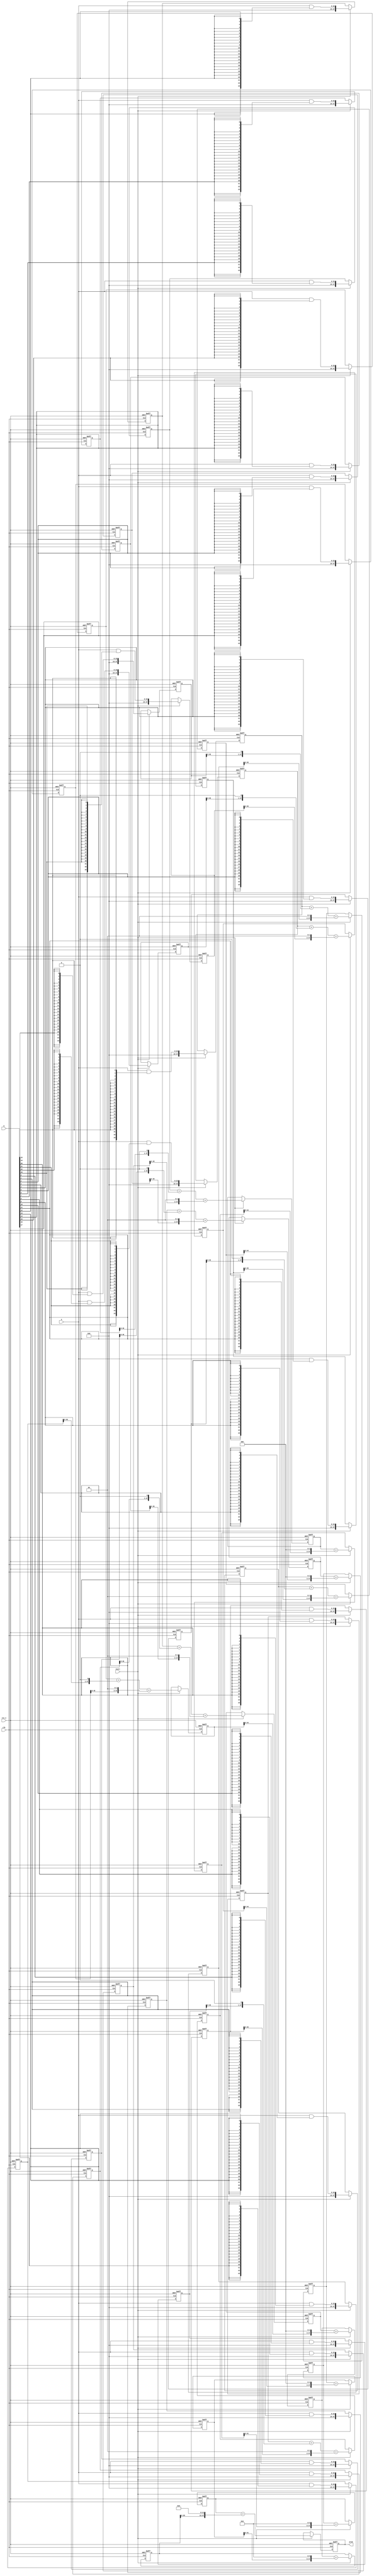
`timescale 1ns / 1ps
//////////////////////////////////////////////////////////////////////////////////
// Company: 
// Engineer: 
// 
// Design Name: 
// Module Name:    ArrayMult2 
// Project Name: 
// Target Devices: 
// Tool versions: 
// Description: 
//
// Dependencies: 
//
// Revision: 
// Revision 0.01 - File Created
// Additional Comments: 
//
//////////////////////////////////////////////////////////////////////////////////
module ArrayMult2(
    output[47:0] prod,
    input[23:0] a, b,
    input clk, rst_n, start
);

reg[47:0] partial0_s1,  partial1_s1,  partial2_s1,
          partial3_s1,  partial4_s1,  partial5_s1,
          partial6_s1,  partial7_s1,  partial8_s1,
          partial9_s1,  partial10_s1, partial11_s1,
          partial12_s1, partial13_s1, partial14_s1,
          partial15_s1, partial16_s1, partial17_s1,
          partial18_s1, partial19_s1, partial20_s1,
          partial21_s1, partial22_s1, partial23_s1;

reg[47:0] prod0_s2, prod1_s2, prod2_s2, prod3_s2,
          prod4_s2, prod5_s2, prod6_s2, prod7_s2;

reg[47:0] prod0_s3, prod1_s3, prod2_s3, prod3_s3;

reg[47:0] prod0_s4, prod1_s4;

reg[47:0] prod0_s5;

wire[47:0] prod0_w2, prod1_w2, prod2_w2, prod3_w2,
			  prod4_w2, prod5_w2, prod6_w2, prod7_w2;

assign prod = prod0_s5;

/*CSA#(48) csa0(, prod0_w2, partial0_s1, {partial1_s1[46:0], 1'b0}, {partial2_s1[45:0], 2'b0});
CSA#(48) csa1(, prod1_w2, partial3_s1, {partial4_s1[46:0], 1'b0}, {partial5_s1[45:0], 2'b0});
CSA#(48) csa2(, prod2_w2, partial6_s1, {partial7_s1[46:0], 1'b0}, {partial8_s1[45:0], 2'b0});
CSA#(48) csa3(, prod3_w2, partial9_s1, {partial10_s1[46:0], 1'b0}, {partial11_s1[45:0], 2'b0});
CSA#(48) csa4(, prod4_w2, partial12_s1, {partial13_s1[46:0], 1'b0}, {partial14_s1[45:0], 2'b0});
CSA#(48) csa5(, prod5_w2, partial15_s1, {partial16_s1[46:0], 1'b0}, {partial17_s1[45:0], 2'b0});
CSA#(48) csa6(, prod6_w2, partial18_s1, {partial19_s1[46:0], 1'b0}, {partial20_s1[45:0], 2'b0});
CSA#(48) csa7(, prod7_w2, partial21_s1, {partial22_s1[46:0], 1'b0}, {partial23_s1[45:0], 2'b0});*/

always@(posedge clk or negedge rst_n) begin
    if (!rst_n) begin
        partial0_s1  <= 'd0; partial1_s1  <= 'd0; partial2_s1  <= 'd0;
        partial3_s1  <= 'd0; partial4_s1  <= 'd0; partial5_s1  <= 'd0;
        partial6_s1  <= 'd0; partial7_s1  <= 'd0; partial8_s1  <= 'd0;
        partial9_s1  <= 'd0; partial10_s1 <= 'd0; partial11_s1 <= 'd0;
        partial12_s1 <= 'd0; partial13_s1 <= 'd0; partial14_s1 <= 'd0;
        partial15_s1 <= 'd0; partial16_s1 <= 'd0; partial17_s1 <= 'd0;
        partial18_s1 <= 'd0; partial19_s1 <= 'd0; partial20_s1 <= 'd0;
        partial21_s1 <= 'd0; partial22_s1 <= 'd0; partial23_s1 <= 'd0;

        prod0_s2 <= 'd0; prod1_s2 <= 'd0; prod2_s2 <= 'd0; prod3_s2 <= 'd0;
        prod4_s2 <= 'd0; prod5_s2 <= 'd0; prod6_s2 <= 'd0; prod7_s2 <= 'd0;

        prod0_s3 <= 'd0; prod1_s3 <= 'd0; prod2_s3 <= 'd0; prod3_s3 <= 'd0;

        prod0_s4 <= 'd0; prod1_s4 <= 'd0;

        prod0_s5 <= 'd0;
    end
    else begin
        if(start) begin
            //STAGE 1//
            partial0_s1  <= a & {24{b[0]}};
            partial1_s1  <= a & {24{b[1]}};
            partial2_s1  <= a & {24{b[2]}};
            partial3_s1  <= a & {24{b[3]}};
            partial4_s1  <= a & {24{b[4]}};
            partial5_s1  <= a & {24{b[5]}};
            partial6_s1  <= a & {24{b[6]}};
            partial7_s1  <= a & {24{b[7]}};
            partial8_s1  <= a & {24{b[8]}};
            partial9_s1  <= a & {24{b[9]}};
            partial10_s1 <= a & {24{b[10]}};
            partial11_s1 <= a & {24{b[11]}};
            partial12_s1 <= a & {24{b[12]}};
            partial13_s1 <= a & {24{b[13]}};
            partial14_s1 <= a & {24{b[14]}};
            partial15_s1 <= a & {24{b[15]}};
            partial16_s1 <= a & {24{b[16]}};
            partial17_s1 <= a & {24{b[17]}};
            partial18_s1 <= a & {24{b[18]}};
            partial19_s1 <= a & {24{b[19]}};
            partial20_s1 <= a & {24{b[20]}};
            partial21_s1 <= a & {24{b[21]}};
            partial22_s1 <= a & {24{b[22]}};
            partial23_s1 <= a & {24{b[23]}};

            //STAGE 2//
            prod0_s2 <= partial0_s1 + {partial1_s1[46:0], 1'b0} + {partial2_s1[45:0], 2'b0};
            prod1_s2 <= partial3_s1 + {partial4_s1[46:0], 1'b0} + {partial5_s1[45:0], 2'b0};
            prod2_s2 <= partial6_s1 + {partial7_s1[46:0], 1'b0} + {partial8_s1[45:0], 2'b0};
            prod3_s2 <= partial9_s1 + {partial10_s1[46:0], 1'b0} + {partial11_s1[45:0], 2'b0};
            prod4_s2 <= partial12_s1 + {partial13_s1[46:0], 1'b0} + {partial14_s1[45:0], 2'b0};
            prod5_s2 <= partial15_s1 + {partial16_s1[46:0], 1'b0} + {partial17_s1[45:0], 2'b0};
            prod6_s2 <= partial18_s1 + {partial19_s1[46:0], 1'b0} + {partial20_s1[45:0], 2'b0};
            prod7_s2 <= partial21_s1 + {partial22_s1[46:0], 1'b0} + {partial23_s1[45:0], 2'b0};

            //STAGE 3//
            prod0_s3 <= prod0_s2 + {prod1_s2[44:0], 3'b0};
            prod1_s3 <= prod2_s2 + {prod3_s2[44:0], 3'b0};
            prod2_s3 <= prod4_s2 + {prod5_s2[44:0], 3'b0};
            prod3_s3 <= prod6_s2 + {prod7_s2[44:0], 3'b0};

            //STAGE 4//
            prod0_s4 <= prod0_s3 + {prod1_s3[41:0], 6'b0};
            prod1_s4 <= prod2_s3 + {prod3_s3[41:0], 6'b0};
            
            //STAGE 5//
            prod0_s5 <= prod0_s4 + {prod1_s4[35:0], 12'b0};
        end
        else begin
            //STAGE 1//
            partial0_s1  <= partial0_s1;
            partial1_s1  <= partial1_s1;
            partial2_s1  <= partial2_s1;
            partial3_s1  <= partial3_s1;
            partial4_s1  <= partial4_s1;
            partial5_s1  <= partial5_s1;
            partial6_s1  <= partial6_s1;
            partial7_s1  <= partial7_s1;
            partial8_s1  <= partial8_s1;
            partial9_s1  <= partial9_s1;
            partial10_s1 <= partial10_s1;
            partial11_s1 <= partial11_s1;
            partial12_s1 <= partial12_s1;
            partial13_s1 <= partial13_s1;
            partial14_s1 <= partial14_s1;
            partial15_s1 <= partial15_s1;
            partial16_s1 <= partial16_s1;
            partial17_s1 <= partial17_s1;
            partial18_s1 <= partial18_s1;
            partial19_s1 <= partial19_s1;
            partial20_s1 <= partial20_s1;
            partial21_s1 <= partial21_s1;
            partial22_s1 <= partial22_s1;
            partial23_s1 <= partial23_s1;

            //STAGE 2//
            prod0_s2 <= prod0_s2;
            prod1_s2 <= prod1_s2;
            prod2_s2 <= prod2_s2;
            prod3_s2 <= prod3_s2;
            prod4_s2 <= prod4_s2;
            prod5_s2 <= prod5_s2;
            prod6_s2 <= prod6_s2;
            prod7_s2 <= prod7_s2;

            //STAGE 3//
            prod0_s3 <= prod0_s3;
            prod1_s3 <= prod1_s3;
            prod2_s3 <= prod2_s3;
            prod3_s3 <= prod3_s3;

            //STAGE 4//
            prod0_s4 <= prod0_s4;
            prod1_s4 <= prod1_s4;
            
            //STAGE 5//
            prod0_s5 <= prod0_s5;
        end
    end
end


endmodule